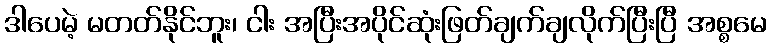
ဒါပေမဲ့ မတတ်နိုင်ဘူး၊ ငါး အပြီးအပိုင်ဆုံးဖြတ်ချက်ချလိုက်ပြီးပြီ အစ္စမေ